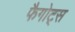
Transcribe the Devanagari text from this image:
फैगोट्स